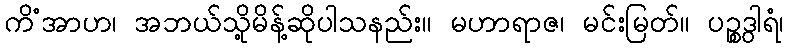
ကိံအာဟ၊ အဘယ်သို့မိန့်ဆိုပါသနည်း။ မဟာရာဇ၊ မင်းမြတ်။ ပဉ္စဒွါရံ၊